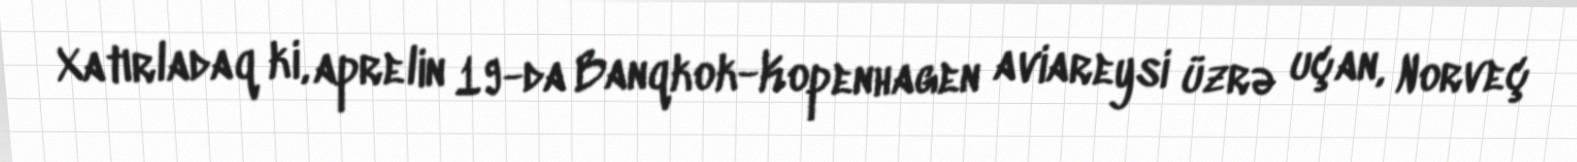
Xatırladaq ki, aprelin 19-da Banqkok-Kopenhagen aviareysi üzrə uçan, Norveç